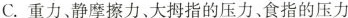
C. 重力、静摩擦力、大拇指的压力、食指的压力